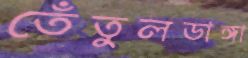
তেঁতুলডাঙ্গা